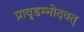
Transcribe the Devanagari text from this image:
प्रावृडम्भोदवत्